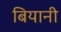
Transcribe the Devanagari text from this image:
बियानी